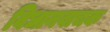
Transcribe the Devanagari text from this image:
विधानवाचक